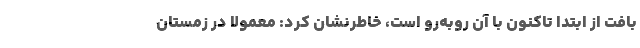
بافت از ابتدا تاکنون با آن روبه‌رو است، خاطرنشان کرد: معمولا در زمستان